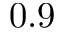
0 . 9